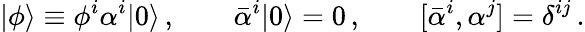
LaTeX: |\phi\rangle\equiv\phi^{i}\alpha^{i}|0\rangle\, ,\qquad\bar{\alpha}^{i}|0\rangle=0\, ,\qquad[\bar{\alpha}^{i},\alpha^{j}]=\delta^{ij}\, .